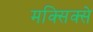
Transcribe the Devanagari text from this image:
मक्सिक्से